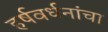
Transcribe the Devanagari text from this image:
हर्षवर्धनांचा